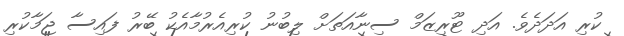
ކުރި އަދަދެވެ. އަދި ޓޫރިޒަމް ސިނާއަތަށް ލިބުނު ކުރިއެރުމާއެކު ބޭރު ފައިސާ ޖަމާކުރި